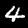
Label: 4